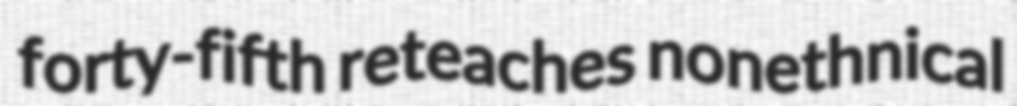
forty-fifth reteaches nonethnical